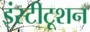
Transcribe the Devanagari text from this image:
इंस्टीटूशन